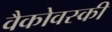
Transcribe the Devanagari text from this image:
वैकोवस्की